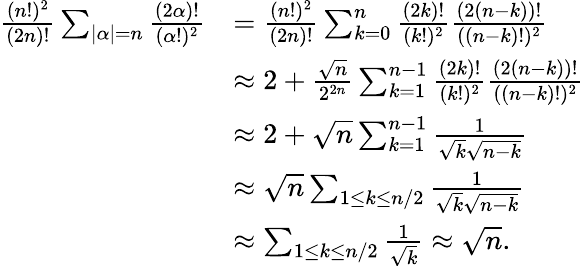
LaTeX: \begin{array}{rl}{\frac{(n!)^{2}}{(2n)!}\sum_{|\alpha|=n}\frac{(2\alpha)!}{(\alpha!)^{2}}}&{=\frac{(n!)^{2}}{(2n)!}\sum_{k=0}^{n}\frac{(2k)!}{(k!)^{2}}\frac{(2(n-k))!}{((n-k)!)^{2}}}\\ &{\approx 2+\frac{\sqrt{n}}{2^{2n}}\sum_{k=1}^{n-1}\frac{(2k)!}{(k!)^{2}}\frac{(2(n-k))!}{((n-k)!)^{2}}}\\ &{\approx 2+\sqrt{n}\sum_{k=1}^{n-1}\frac{1}{\sqrt{k}\sqrt{n-k}}}\\ &{\approx\sqrt{n}\sum_{1\leq k\leq n/2}\frac{1}{\sqrt{k}\sqrt{n-k}}}\\ &{\approx\sum_{1\leq k\leq n/2}\frac{1}{\sqrt{k}}\approx\sqrt{n}.}\end{array}